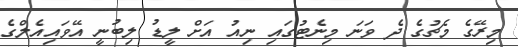
މިރޭގެ މެޗުގެ ދެ ވަނަ މިނެޓުގައި ނިއު އަށް ލީޑު ލިބުނީ އޭވައިއެލްގެ